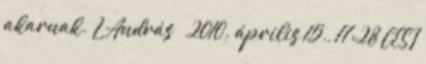
akarnak. L András → 2010. április 15., 17:28 CEST